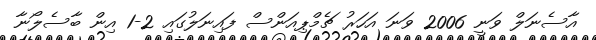
އާސެނަލް ވަނީ 2006 ވަނަ އަހަރު ޗެމްޕިއަންސް ފައިނަލުގައި 2-1 އިން ބާސެލޯނާ